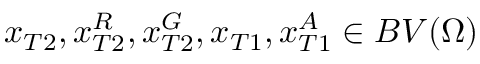
x _ { T 2 } , x _ { T 2 } ^ { R } , x _ { T 2 } ^ { G } , x _ { T 1 } , x _ { T 1 } ^ { A } \in B V ( \Omega )